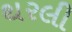
થરલી